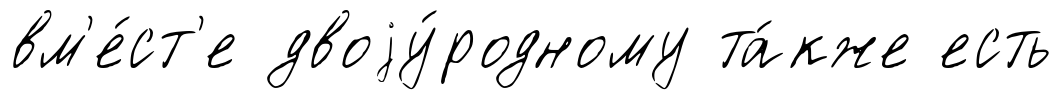
вм'е́ст'е двоjу́родному та́кже есть